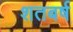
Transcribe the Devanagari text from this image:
शतबर्ष